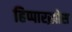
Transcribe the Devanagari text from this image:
हिप्पारख़ोस